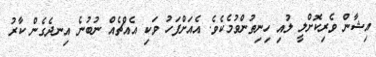
އިޝާން ވެރިކޮށްލީ ލުއި ހިނިތުންވުމެކެވެ. އެއަށްފަހު ވަކި އެއްޗެއް ނުބުނެ އިނދެގެން ކާރު